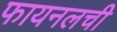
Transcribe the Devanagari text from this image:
फायनलची